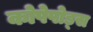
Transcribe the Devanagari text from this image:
कोपेपोड्स